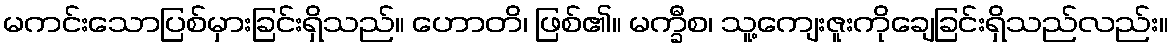
မကင်းသောပြစ်မှားခြင်းရှိသည်။ ဟောတိ၊ ဖြစ်၏။ မက္ခီစ၊ သူ့ကျေးဇူးကိုချေခြင်းရှိသည်လည်း။